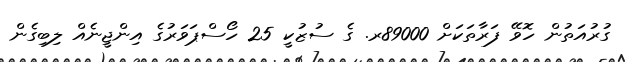
ގުރުއަތުން ހޮވޭ ފަރާތަކަށް 89000ރ. ގެ ސުޒުކީ 25 ހޯސްޕަވަރުގެ އިންޖީނެއް ލިބިގެން